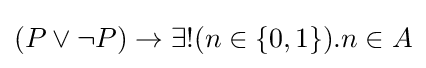
(P\lor \neg P)\to \exists !(n\in \{0,1\}).n\in A